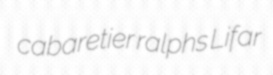
cabaretier ralphs Lifar